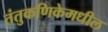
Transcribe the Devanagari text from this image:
तंतुकणिकेमधील